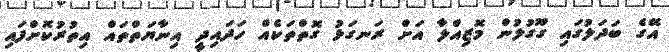
އޭގެ ބަދަލުގައި ގޫގުލުން މޮޒިއްލާ އަށް ރަނގަޅު ގޮތްތަކެއް ހަދައިދީ އިނާޔަތްތައް އިތުރުކޮށްފައި